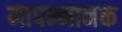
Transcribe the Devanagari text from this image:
मापन्मानक